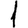
Digit: 1